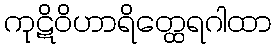
ကုဋိဝိဟာရိတ္ထေရဂါထာ